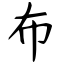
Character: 布